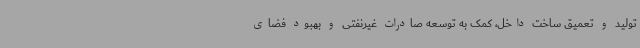
تولید و تعمیق ساخت داخل، کمک به توسعه صادرات غیرنفتی و بهبود فضای